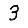
Digit: 3